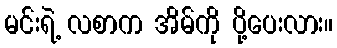
မင်းရဲ့ လစာက အိမ်ကို ပို့ပေးလား။